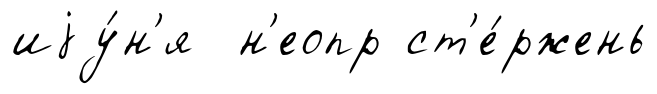
иjу́н'я н'еопр ст'е́ржень